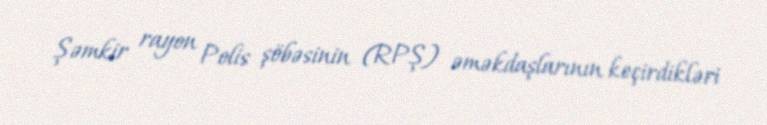
Şəmkir rayon Polis şöbəsinin (RPŞ) əməkdaşlarının keçirdikləri